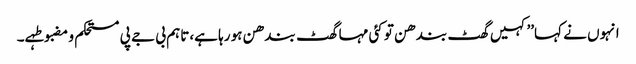
انہوں نے کہا’’کہیں گھٹ بندھن تو کئی مہا گھٹ بندھن ہو رہا ہے،تاہم بی جے پی مستحکم و مضبوطہے۔